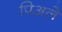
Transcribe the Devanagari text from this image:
पिअले